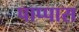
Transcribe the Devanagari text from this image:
पाप्पास